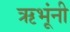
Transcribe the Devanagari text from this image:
ऋभूंनी